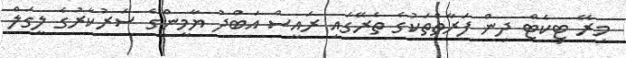
މިރޭ ޓިކެޓް ދިން ފަރާތްތަކުގެ ތެރޭގައި ރައީސް އަބްދު ޔާމީންގެ ސަރުކާރުގެ ލީގަލް